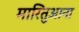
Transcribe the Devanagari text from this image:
मारितुआना